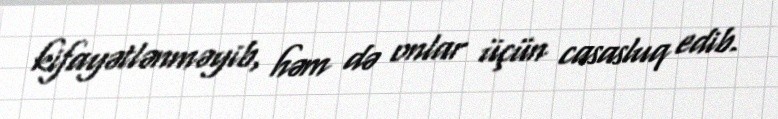
kifayətlənməyib, həm də onlar üçün casasluq edib.